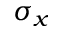
\sigma _ { x }